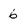
Character: 6